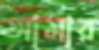
আর্মার